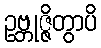
ဥဗ္ဘုဇ္ဇိတွာပိ